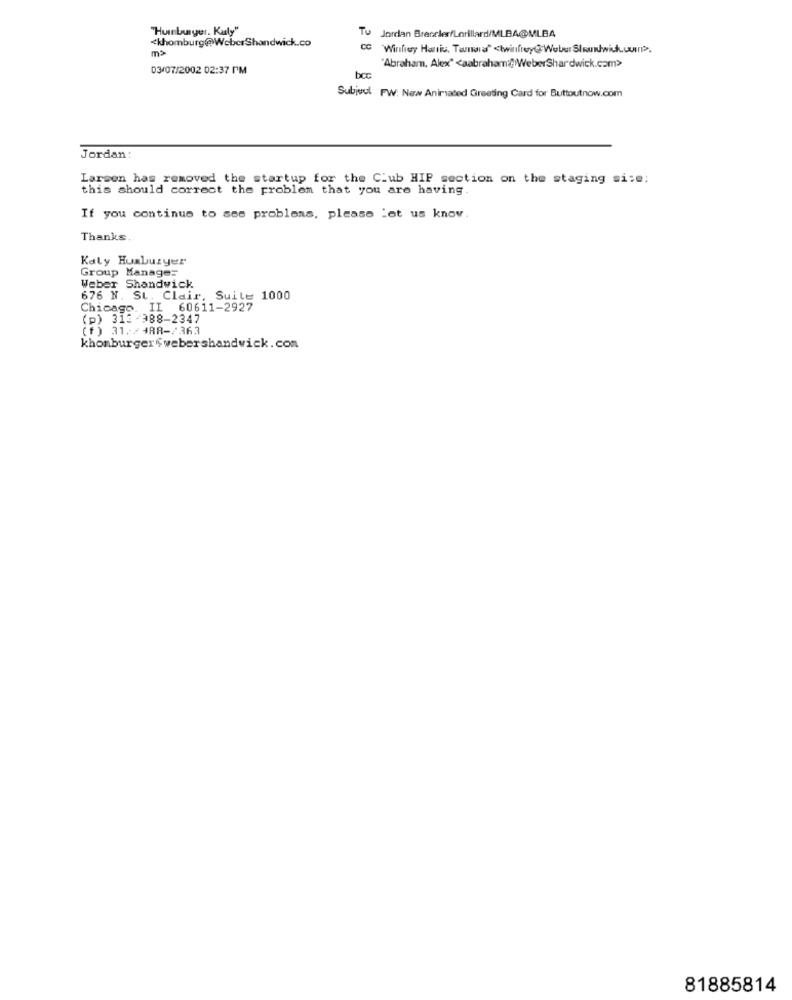
"Humburger. Kuly"
Tu
Jordan BrecclerfLorillard/MLBA@MLBA
<khomburg@WeberShandwick.co
m>
CC
Winfrey Harris, Tarna" <twinfrey@Weber SIundwick.un.
03/07/2002 02:37 PM
"Abraham, Alex" <aabraham@ WeberShardwick.com>
bec
Subjuul FW: New Animated Greeting Card for Buttoutnow.com
Jordan:
Larsen has removed the startup for the Club HIP section on the staging si:e;
this should correct the problem that you are having.
If you continue to see problems, please let us know.
Thanks.
Kaly Huaburyer
Group Manage=
Weber Shandwick
676 N. St. Clair, Suite 1000
Chicago. IL 60611-2927
(P) 313-388-2347
(f) 31./48R-/363
khomburger webershandwick. com
81885814